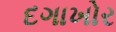
દગાખોર